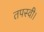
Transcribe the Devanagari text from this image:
तपस्वी।